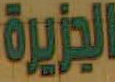
الجزيرة